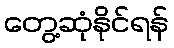
တွေ့ဆုံနိုင်ရန်